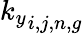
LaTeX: {k_{y}}_{i,j,n,g}